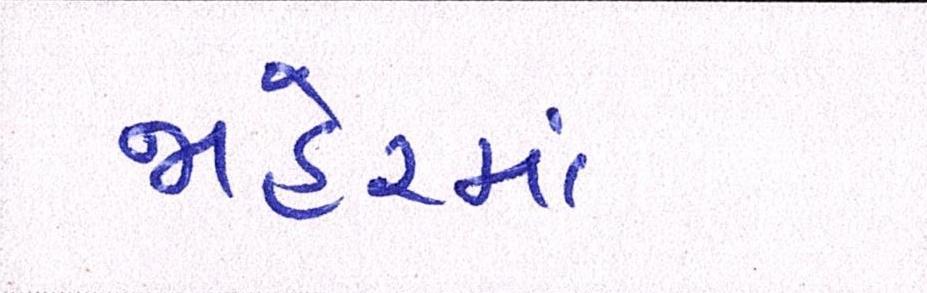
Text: જાહેરમાં